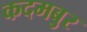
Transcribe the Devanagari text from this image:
कदमबुर